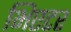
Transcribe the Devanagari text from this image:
भिएटर